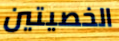
الخصيتين